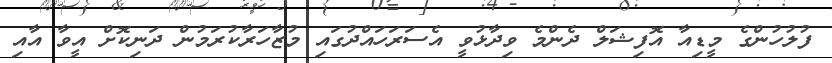
ފުލުހުންގެ މީޑިއާ އޮފިޝަލް ދެންމެ ވިދާޅުވީ އެސަރަހައްދުގައި މުޒާހަރާކުރަމުން ދަނިކޮށް އީވާ އާއި